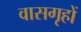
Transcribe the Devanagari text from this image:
वासगृहों